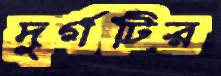
দুর্গটির